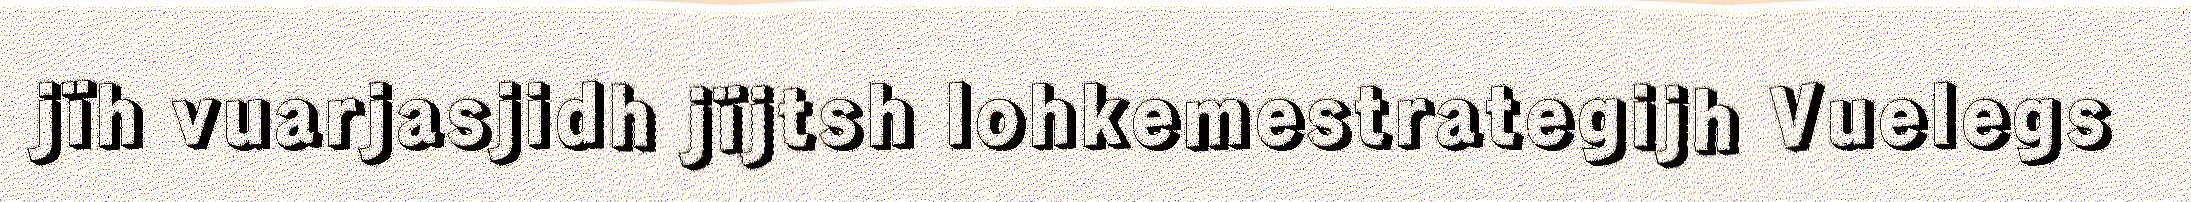
jïh vuarjasjidh jïjtsh lohkemestrategijh Vuelegs